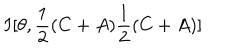
I [ \theta , \frac { 1 } { 2 } ( C + A ) \frac { 1 } { 2 } ( C + A ) ]